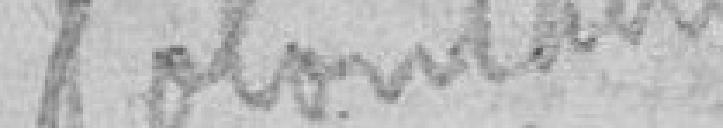
volontaires